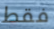
فقط